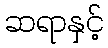
ဆရာနှင့်